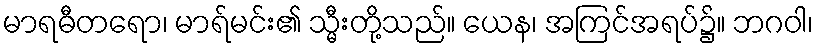
မာရဓီတရော၊ မာရ်မင်း၏ သ္မီးတို့သည်။ ယေန၊ အကြင်အရပ်၌။ ဘဂဝါ၊